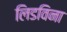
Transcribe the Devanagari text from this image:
लिडविना